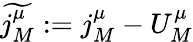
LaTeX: \widetilde{j_{M}^{\mu}}:=j_{M}^{\mu}-U_{M}^{\mu}